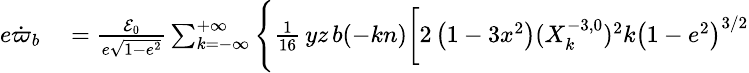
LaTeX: \small\begin{array}{rl}{e\dot{\varpi}_{b}}&{{}=\frac{{\cal E}_{0}}{e\sqrt{1-e^{2}}}\sum_{k=-\infty}^{+\infty}\Bigg\{ \frac{1}{16}\, yz\, b(-kn)\bigg[2\left(1-3x^{2}\right)(X_{k}^{-3,0})^{2}k\left(1-e^{2}\right)^{3/2}}\end{array}